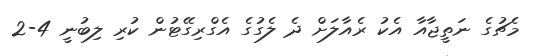
މެޗުގެ ނަތީޖާއާ އެކު ރެއާލަށް ދެ ލެގުގެ އެގްރިގޭޓުން ކުރި ލިބުނީ 4-2